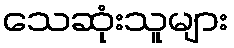
သေဆုံးသူများ